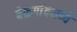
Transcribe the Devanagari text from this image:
बेळगांवमध्ये